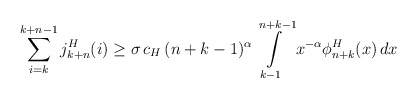
\begin{align*}\sum\limits_{i=k}^{k+n-1} j_{k+n}^H(i)&\geq \sigma\, c_H\, (n+k-1)^{\alpha}\int\limits_{k-1}^{n+k-1}x^{-\alpha}\phi_{n+k}^H(x)\,dx\end{align*}